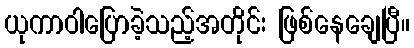
ယုကာဝါပြောခဲ့သည့်အတိုင်း ဖြစ်နေချေပြီ။